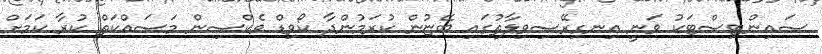
ސައިންޓިސްޓަކު ވަނީ އިނގިރޭސިވިލާތުގައި ބޭޏުން ކުރަމުންދާ ކޯވިޑް ވެކްސިން މަސައްކަތް ކުރާ ކަމަށް